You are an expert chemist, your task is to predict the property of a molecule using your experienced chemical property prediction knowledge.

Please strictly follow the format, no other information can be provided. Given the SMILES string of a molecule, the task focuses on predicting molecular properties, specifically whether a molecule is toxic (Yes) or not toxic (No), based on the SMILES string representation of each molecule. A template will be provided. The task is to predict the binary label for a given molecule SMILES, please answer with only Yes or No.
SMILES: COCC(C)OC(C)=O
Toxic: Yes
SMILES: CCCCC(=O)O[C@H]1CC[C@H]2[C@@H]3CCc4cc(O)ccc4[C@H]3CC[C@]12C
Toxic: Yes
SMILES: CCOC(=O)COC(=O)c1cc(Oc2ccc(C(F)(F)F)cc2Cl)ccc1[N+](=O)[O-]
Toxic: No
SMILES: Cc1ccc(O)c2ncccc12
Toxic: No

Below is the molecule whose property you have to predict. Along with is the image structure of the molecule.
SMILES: CO[C@H]1C[C@@H]2CC[C@@H](C)[C@@](O)(O2)C(=O)C(=O)N2CCCC[C@H]2C(=O)O[C@H]([C@H](C)C[C@@H]2CC[C@@H](O)[C@H](OC)C2)CC(=O)[C@H](C)C=C(C)[C@@H](O)[C@@H](OC)C(=O)[C@H](C)C[C@H](C)C=CC=CC=C1C
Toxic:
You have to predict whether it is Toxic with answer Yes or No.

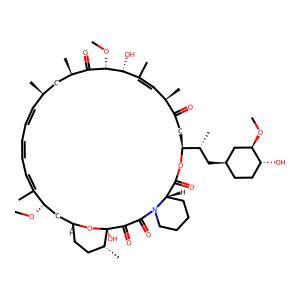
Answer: No